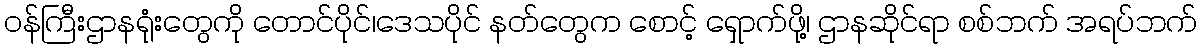
ဝန်ကြီးဌာနရုံးတွေကို တောင်ပိုင်၊ဒေသပိုင် နတ်တွေက စောင့် ရှောက်ဖို့၊ ဌာနဆိုင်ရာ စစ်ဘက် အရပ်ဘက်